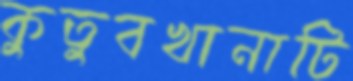
কুতুবখানাটি